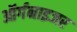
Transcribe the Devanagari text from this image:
ऑर्गनाइजर